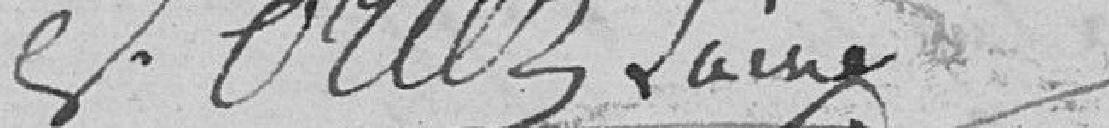
Oriez l'ainé